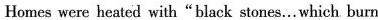
Homes were heated with"black stones……which burn